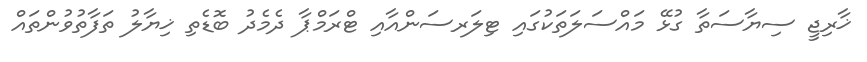
ޚާރިޖީ ސިޔާސަތާ ގުޅޭ މައްސަލަތަކުގައި ޓިލަރސަންއާއި ޓްރަމްޕާ ދެމެދު ބޮޑެތި ޚިޔާލު ތަފާތުވުންތައް